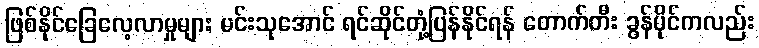
ဖြစ်နိုင်ခြေလေ့လာမှုများ မင်းသုအောင် ရင်ဆိုင်တုံ့ပြန်နိုင်ရန် တောက်တီး ခွန်ပိုင်ကလည်း